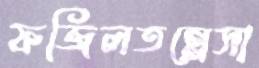
ফজিলতন্নেসা